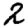
Digit: 2